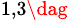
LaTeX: ^{1,3\dag}